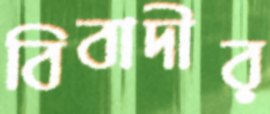
বিবাদীর